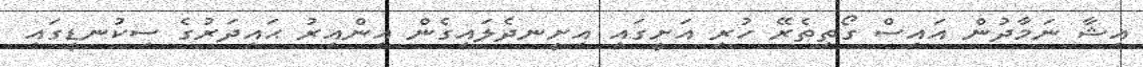
އިޝާ ނަމާދުން އައިސް ގޯތިތެރޭ ހުރި އަށީގައި އިށީނދެލައިގެން އިންއިރު ޙައިދަރުގެ ސިކުނޑީގައި